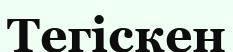
Тегіскен